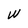
Character: W